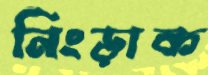
নিংড়াক